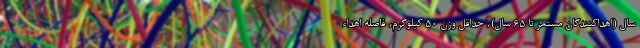
سال (اهداکنندگان مستمر تا ۶۵ سال)، حداقل وزن ۵۰ کیلوگرم، فاصله اهداء